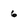
Character: 6